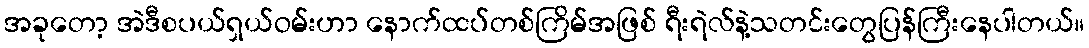
အခုတော့ အဲဒီစပယ်ရှယ်ဝမ်းဟာ နောက်ထပ်တစ်ကြိမ်အဖြစ် ရီးရဲလ်နဲ့သတင်းတွေပြန်ကြီးနေပါတယ်။